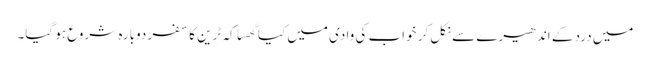
میں درد کے اندھیرے سے نکل کر خواب کی وادی میں کیا گھسا کہ ٹرین کا سفر دوبارہ شروع ہو گیا۔